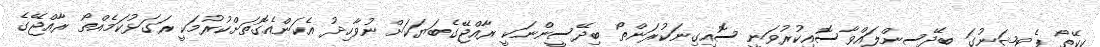
ކީކޭތޯ ޕެޓިޝަނުގަ ބިދޭސީންލައްވާސޮއިކުރުވަނީ ސޮއިގިނަކުރަންތޯ ބިދޭސީންނަކީ ރާއްޖޭގެބަޔަކަށް ނުވާހިދު އެކަންއެގޮތަށްކުރުމަކީ ރަގަޅުކަމެއްތޯ ރާއްޖޭގެ